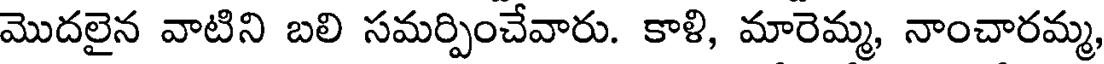
మొదలైన వాటిని బలి సమర్పించేవారు. కాళి, మారెమ్మ, నాంచారమ్మ